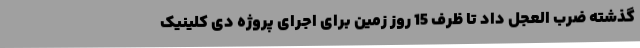
گذشته ضرب العجل داد تا ظرف 15 روز زمین برای اجرای پروژه دی کلینیک